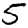
Digit: 5